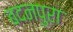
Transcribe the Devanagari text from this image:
बदनपुरा